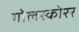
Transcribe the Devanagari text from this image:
गोलस्कोरर